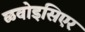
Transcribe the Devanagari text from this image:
ळवोइसिएर